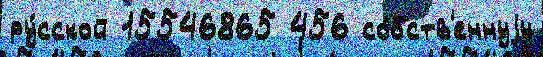
ру́сской 15546865 456 со́бств'еннуjу